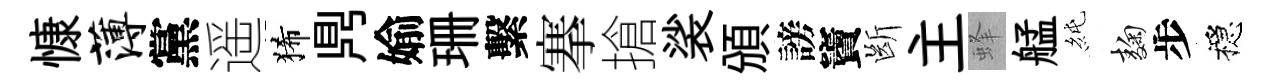
慷薄黨遥狶𪔂媮珊繫搴搶裟頒謗竇㫁主蜂艋純麹步穩